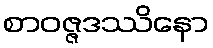
စာဝဇ္ဇဒဿိနော